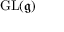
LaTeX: \operatorname { G L } ( { \mathfrak { g } } )